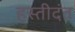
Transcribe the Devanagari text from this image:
हस्तीदंत